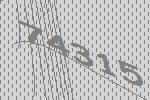
74315